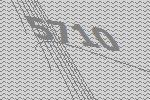
5710